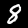
Label: 8